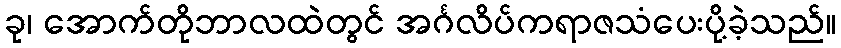
ခု၊ အောက်တိုဘာလထဲတွင် အင်္ဂလိပ်ကရာဇသံပေးပို့ခဲ့သည်။